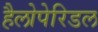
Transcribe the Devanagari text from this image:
हैलोपेरिडल